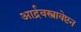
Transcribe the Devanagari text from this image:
आर्द्रवस्त्रावेष्टन